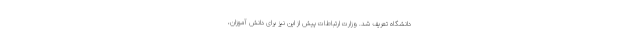
دانشگاه تعریف شد. وزارت ارتباطات پیش از این نیز برای دانش آموزان،